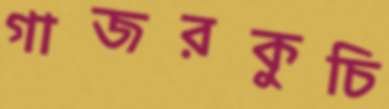
গাজরকুচি